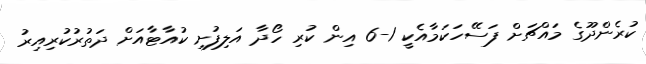
ކުރެންދޫގެ މައްޗަށް ފަސޭހަކަމާއެކީ 1-6 އިން ކުރި ހޯދާ އަލިފުށި ކުއާޓާއަށް ދަތުރުކުރިއިރު